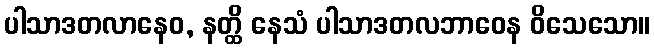
ပါသာဒတလာနေဝ, နတ္ထိ နေသံ ပါသာဒတလဘာဝေန ဝိသေသော။